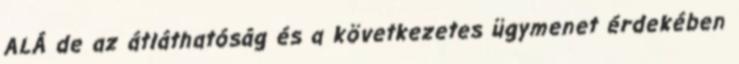
ALÁ de az átláthatóság és a következetes ügymenet érdekében